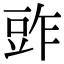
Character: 𧯤